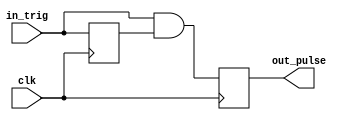
module one_pulse2(out_pulse, clk,  in_trig);
    output reg out_pulse; 
    input clk;  
    input in_trig;  
    
    reg in_trig_delay;
    wire one_pulse_next;
    
    always@(posedge clk)
     in_trig_delay <= in_trig;
               
    assign one_pulse_next = in_trig & in_trig_delay;
    
    always@(posedge clk)
        out_pulse <= one_pulse_next;
 endmodule